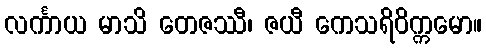
လင်္ကာယ မာသိ တေဇဿီ၊ ဇယီ ကေသရိဝိက္ကမော။